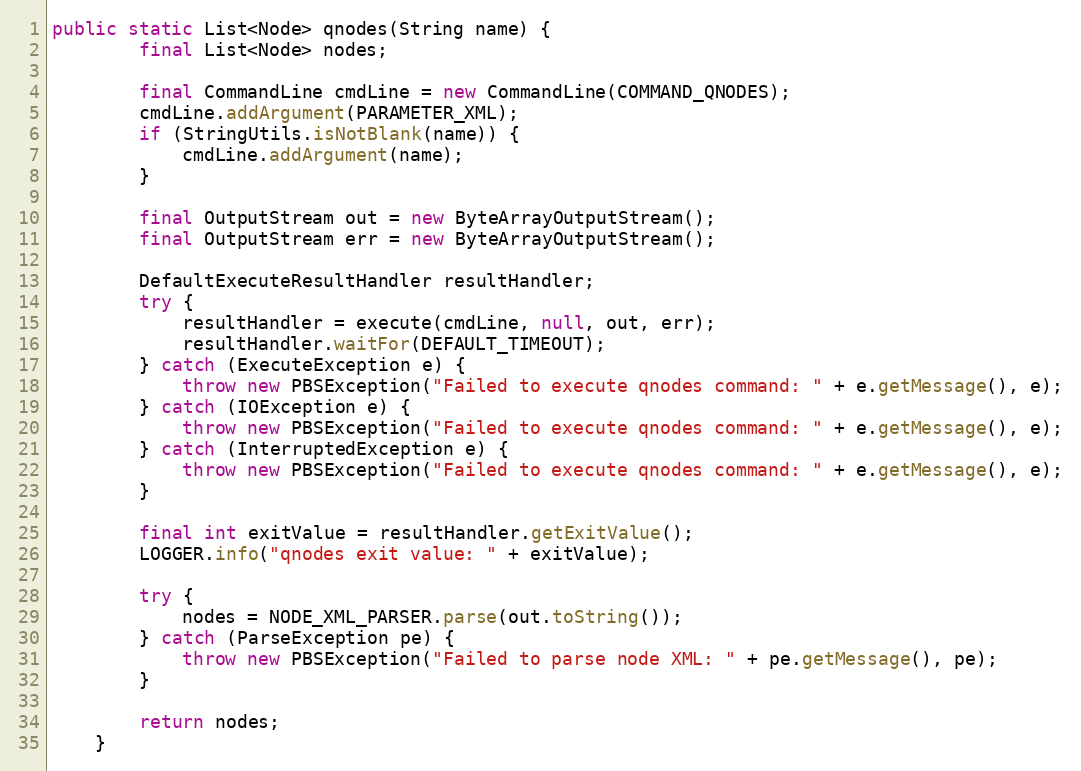
Language: Java
public static List<Node> qnodes(String name) {
        final List<Node> nodes;

        final CommandLine cmdLine = new CommandLine(COMMAND_QNODES);
        cmdLine.addArgument(PARAMETER_XML);
        if (StringUtils.isNotBlank(name)) {
            cmdLine.addArgument(name);
        }

        final OutputStream out = new ByteArrayOutputStream();
        final OutputStream err = new ByteArrayOutputStream();

        DefaultExecuteResultHandler resultHandler;
        try {
            resultHandler = execute(cmdLine, null, out, err);
            resultHandler.waitFor(DEFAULT_TIMEOUT);
        } catch (ExecuteException e) {
            throw new PBSException("Failed to execute qnodes command: " + e.getMessage(), e);
        } catch (IOException e) {
            throw new PBSException("Failed to execute qnodes command: " + e.getMessage(), e);
        } catch (InterruptedException e) {
            throw new PBSException("Failed to execute qnodes command: " + e.getMessage(), e);
        }

        final int exitValue = resultHandler.getExitValue();
        LOGGER.info("qnodes exit value: " + exitValue);

        try {
            nodes = NODE_XML_PARSER.parse(out.toString());
        } catch (ParseException pe) {
            throw new PBSException("Failed to parse node XML: " + pe.getMessage(), pe);
        }

        return nodes;
    }